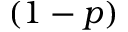
( 1 - p )